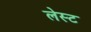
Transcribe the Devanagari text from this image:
लेस्ट